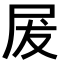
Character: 𭕖